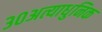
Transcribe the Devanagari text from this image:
३०अत्याधुनिक